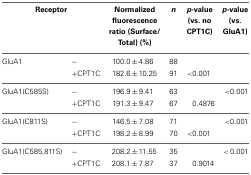
<table><thead><tr><td colspan="2"><b>Receptor</b></td><td><b>Normalized fluorescence ratio (Surface/Total) (%)</b></td><td><b><i>n</i></b></td><td><b><i>p</i>-value (vs. no CPT1C)</b></td><td><b><i>p</i>-value (vs. GluA1)</b></td></tr></thead><tbody><tr><td>GluA1</td><td>−</td><td>100.0 ± 4.86</td><td>88</td><td> </td><td> </td></tr><tr><td> </td><td>+CPT1C</td><td>182.6 ± 10.25</td><td>91</td><td>&lt;0.001</td><td> </td></tr><tr><td>GluA1(C585S)</td><td>−</td><td>196.9 ± 9.41</td><td>63</td><td> </td><td>&lt;0.001</td></tr><tr><td> </td><td>+CPT1C</td><td>191.3 ± 9.47</td><td>67</td><td>0.4876</td><td> </td></tr><tr><td>GluA1(C811S)</td><td>−</td><td>146.5 ± 7.08</td><td>71</td><td> </td><td>&lt;0.001</td></tr><tr><td> </td><td>+CPT1C</td><td>198.2 ± 8.99</td><td>70</td><td>&lt;0.001</td><td> </td></tr><tr><td>GluA1(C585,811S)</td><td>−</td><td>208.2 ± 11.55</td><td>35</td><td> </td><td>&lt;0.001</td></tr><tr><td> </td><td>+CPT1C</td><td>208.1 ± 7.87</td><td>37</td><td>0.9014</td><td> </td></tr></tbody></table>